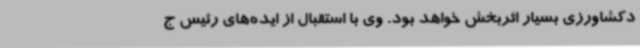
دکشاورزی بسیار اثربخش خواهد بود. وی با استقبال از ایده‌های رئیس ج